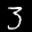
Label: 3